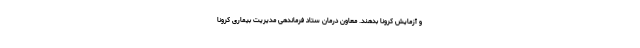
و آزمایش کرونا بدهند. معاون درمان ستاد فرماندهی مدیریت بیماری کرونا